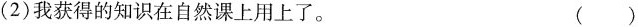
(2) 我获得的知识在自然课上用上了。 ( )